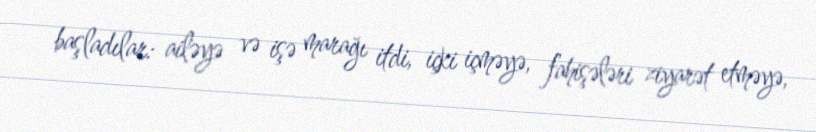
başladılar: ailəyə və işə marağı itdi, içki içməyə, fahişələri ziyarət etməyə,